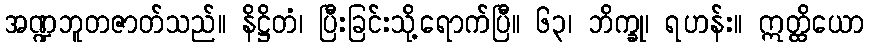
အဏ္ဍဘူတဇာတ်သည်။ နိဋ္ဌိတံ၊ ပြီးခြင်းသို့ရောက်ပြီ။ ၆၃၊ ဘိက္ခု၊ ရဟန်း။ ဣတ္ထိယော